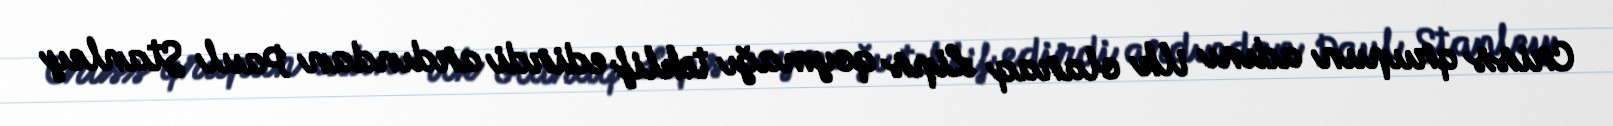
Criss qrupun adını ilk olaraq Lips qoymağı təklif edirdi ardından Paul Stanley